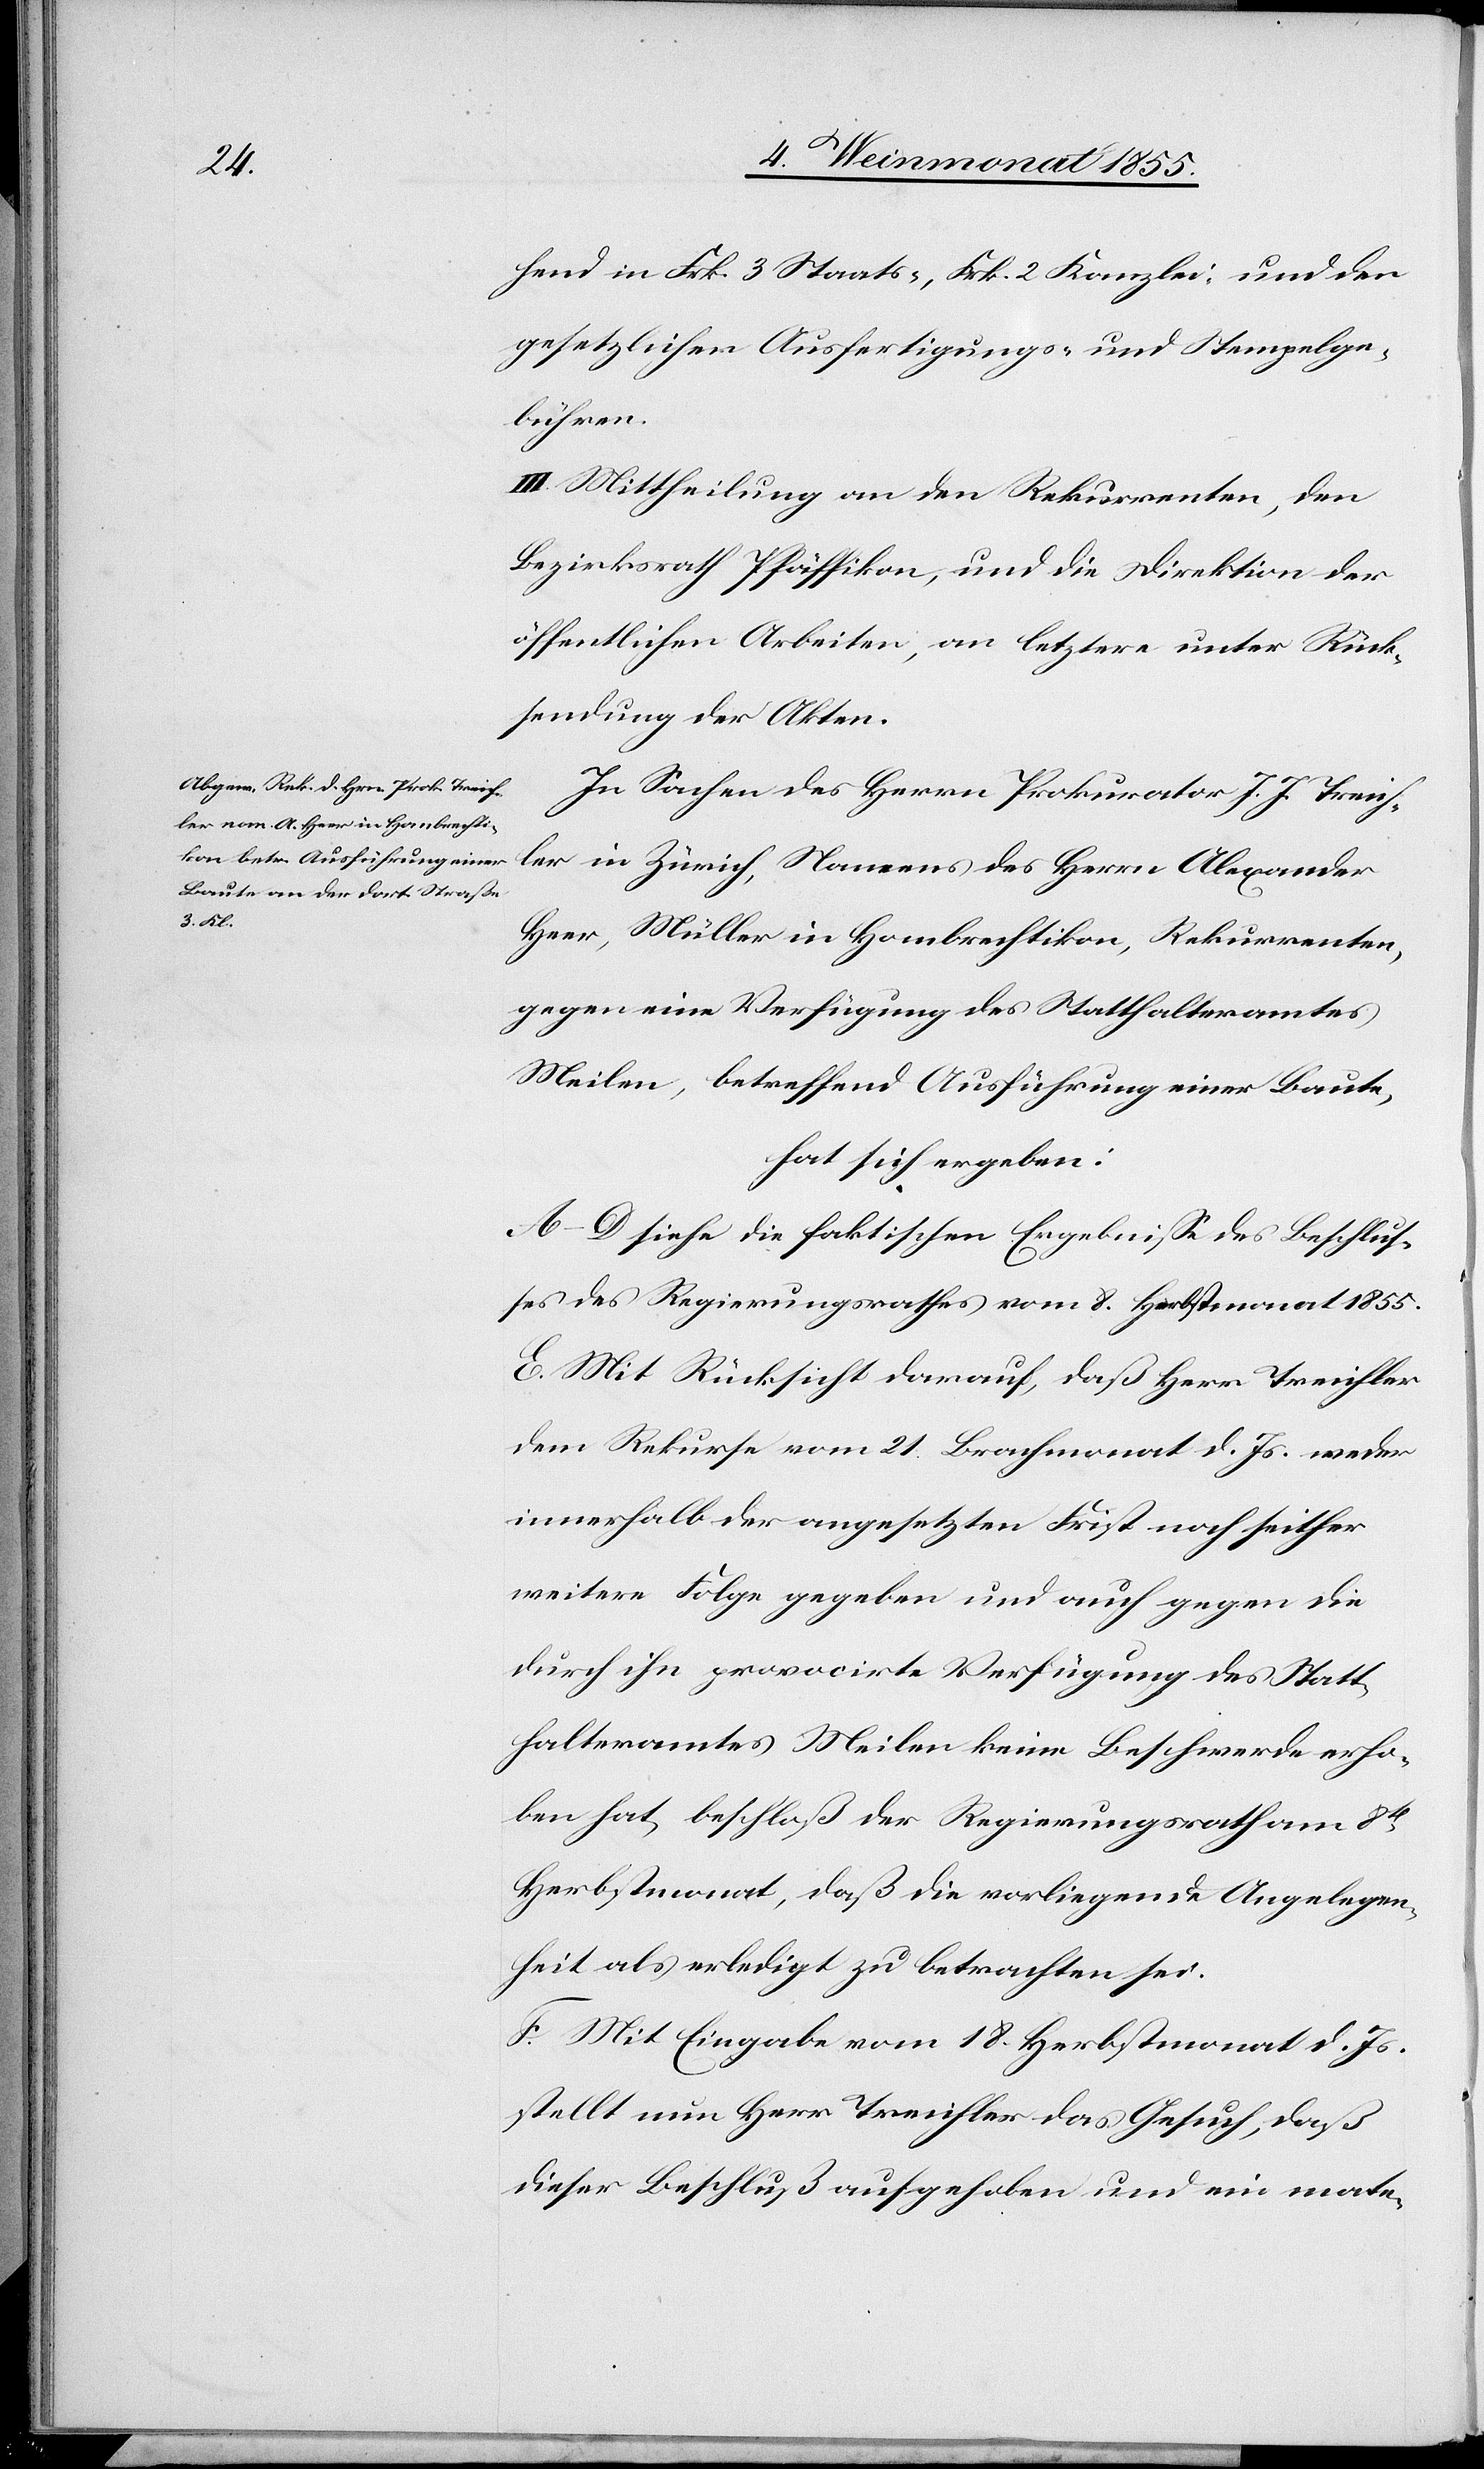
hend in Frk. 3 Staats-, Frk. 2 Kanzlei- und den
gesetzlichen Ausfertigungs- und Stempelge¬
bühren.
III. Mittheilung an den Rekurrenten, den
Bezirksrath Pfäffikon, und die Direktion der
öffentlichen Arbeiten, an letztere unter Rück¬
sendung der Akten.
In Sachen des Herrn Prokurator J. J. Treich¬
ler in Zürich, Namens des Herrn Alexander
Heer, Müller in Hombrechtikon, Rekurrenten,
gegen eine Verfügung des Statthalteramtes
Meilen, betreffend Ausführung einer Baute,
hat sich ergeben:
A–D siehe die faktischen Ergebnisse des Beschlus¬
ses des Regierungsrathes vom 8. Herbstmonat 1855.
E. Mit Rücksicht darauf, daß Herr Treichler
dem Rekurse vom 21. Brachmonat d. Js. weder
innerhalb der angesetzten Frist noch seither
weitere Folge gegeben und auch gegen die
durch ihn provocirte Verfügung des Statt¬
halteramtes Meilen keine Beschwerde erho¬
ben hat, beschloß der Regierungsrath am 8t
Herbstmonat, daß die vorliegende Angelegen¬
heit als erledigt zu betrachten sei.
F. Mit Eingabe vom 18. Herbstmonat d. Js.
stellt nun Herr Treichler das Gesuch, daß
dieser Beschluß aufgehoben und ein mate-